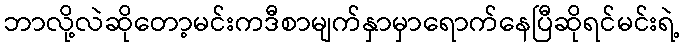
ဘာလို့လဲဆိုတော့မင်းကဒီစာမျက်နှာမှာရောက်နေပြီဆိုရင်မင်းရဲ့